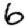
Digit: 6